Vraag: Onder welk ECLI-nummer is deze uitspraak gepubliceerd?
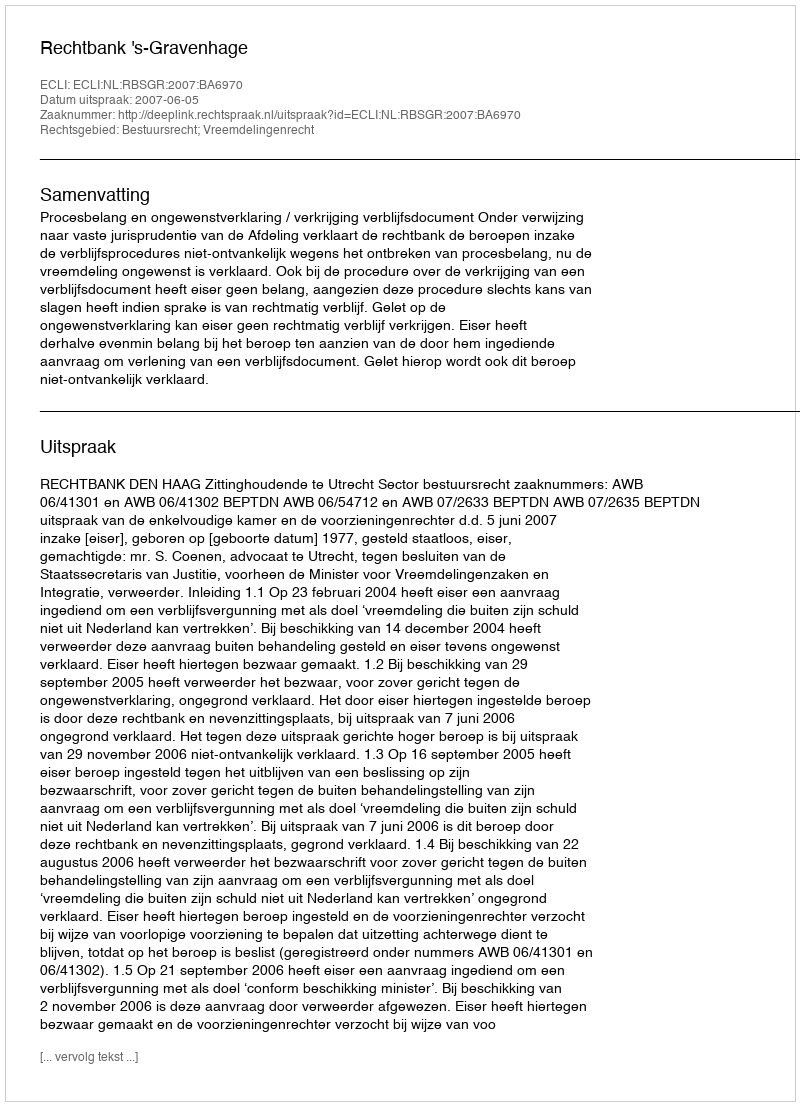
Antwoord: ECLI:NL:RBSGR:2007:BA6970